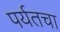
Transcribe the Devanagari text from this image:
पर्यतचा